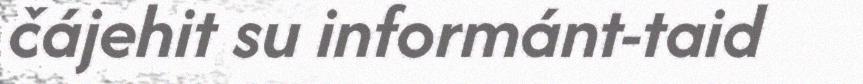
čájehit su informánt-taid